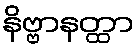
နိဗ္ဗာနတ္ထာ